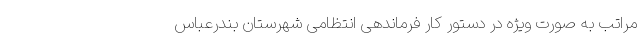
مراتب به صورت ویژه در دستور کار فرماندهی انتظامی شهرستان بندرعباس